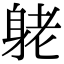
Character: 𨈺